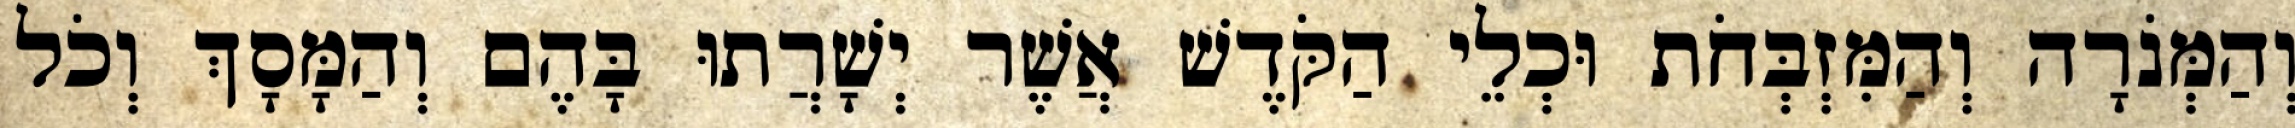
וְהַמְּנֹרָה וְהַמִּזְבְּחֹת וּכְלֵי הַקֹּדֶשׁ אֲשֶׁר יְשָׁרֲתוּ בָּהֶם וְהַמָּסָךְ וְכֹל